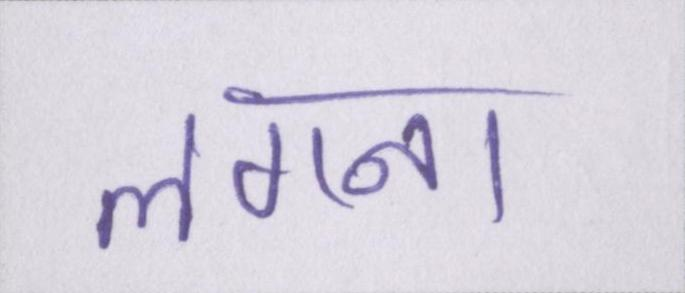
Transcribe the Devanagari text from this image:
लगना